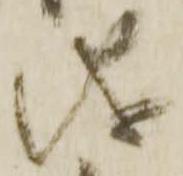
儀